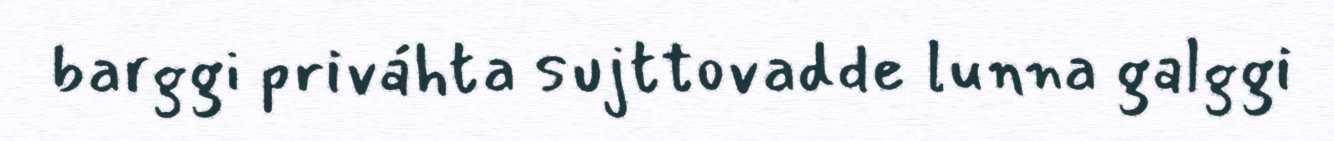
barggi priváhta sujttovadde lunna galggi